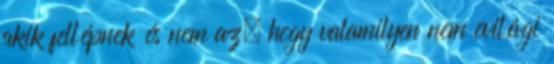
akik fellépnek és nem az, hogy valamilyen nem evilági